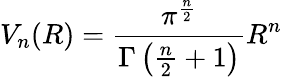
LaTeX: V_{n}(R)={\frac{\pi^{\frac{n}{2}}}{\Gamma\left({\frac{n}{2}}+1\right)}}R^{n}